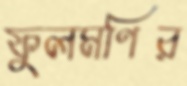
ফুলমণির